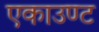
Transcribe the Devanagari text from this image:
एकाउण्ट